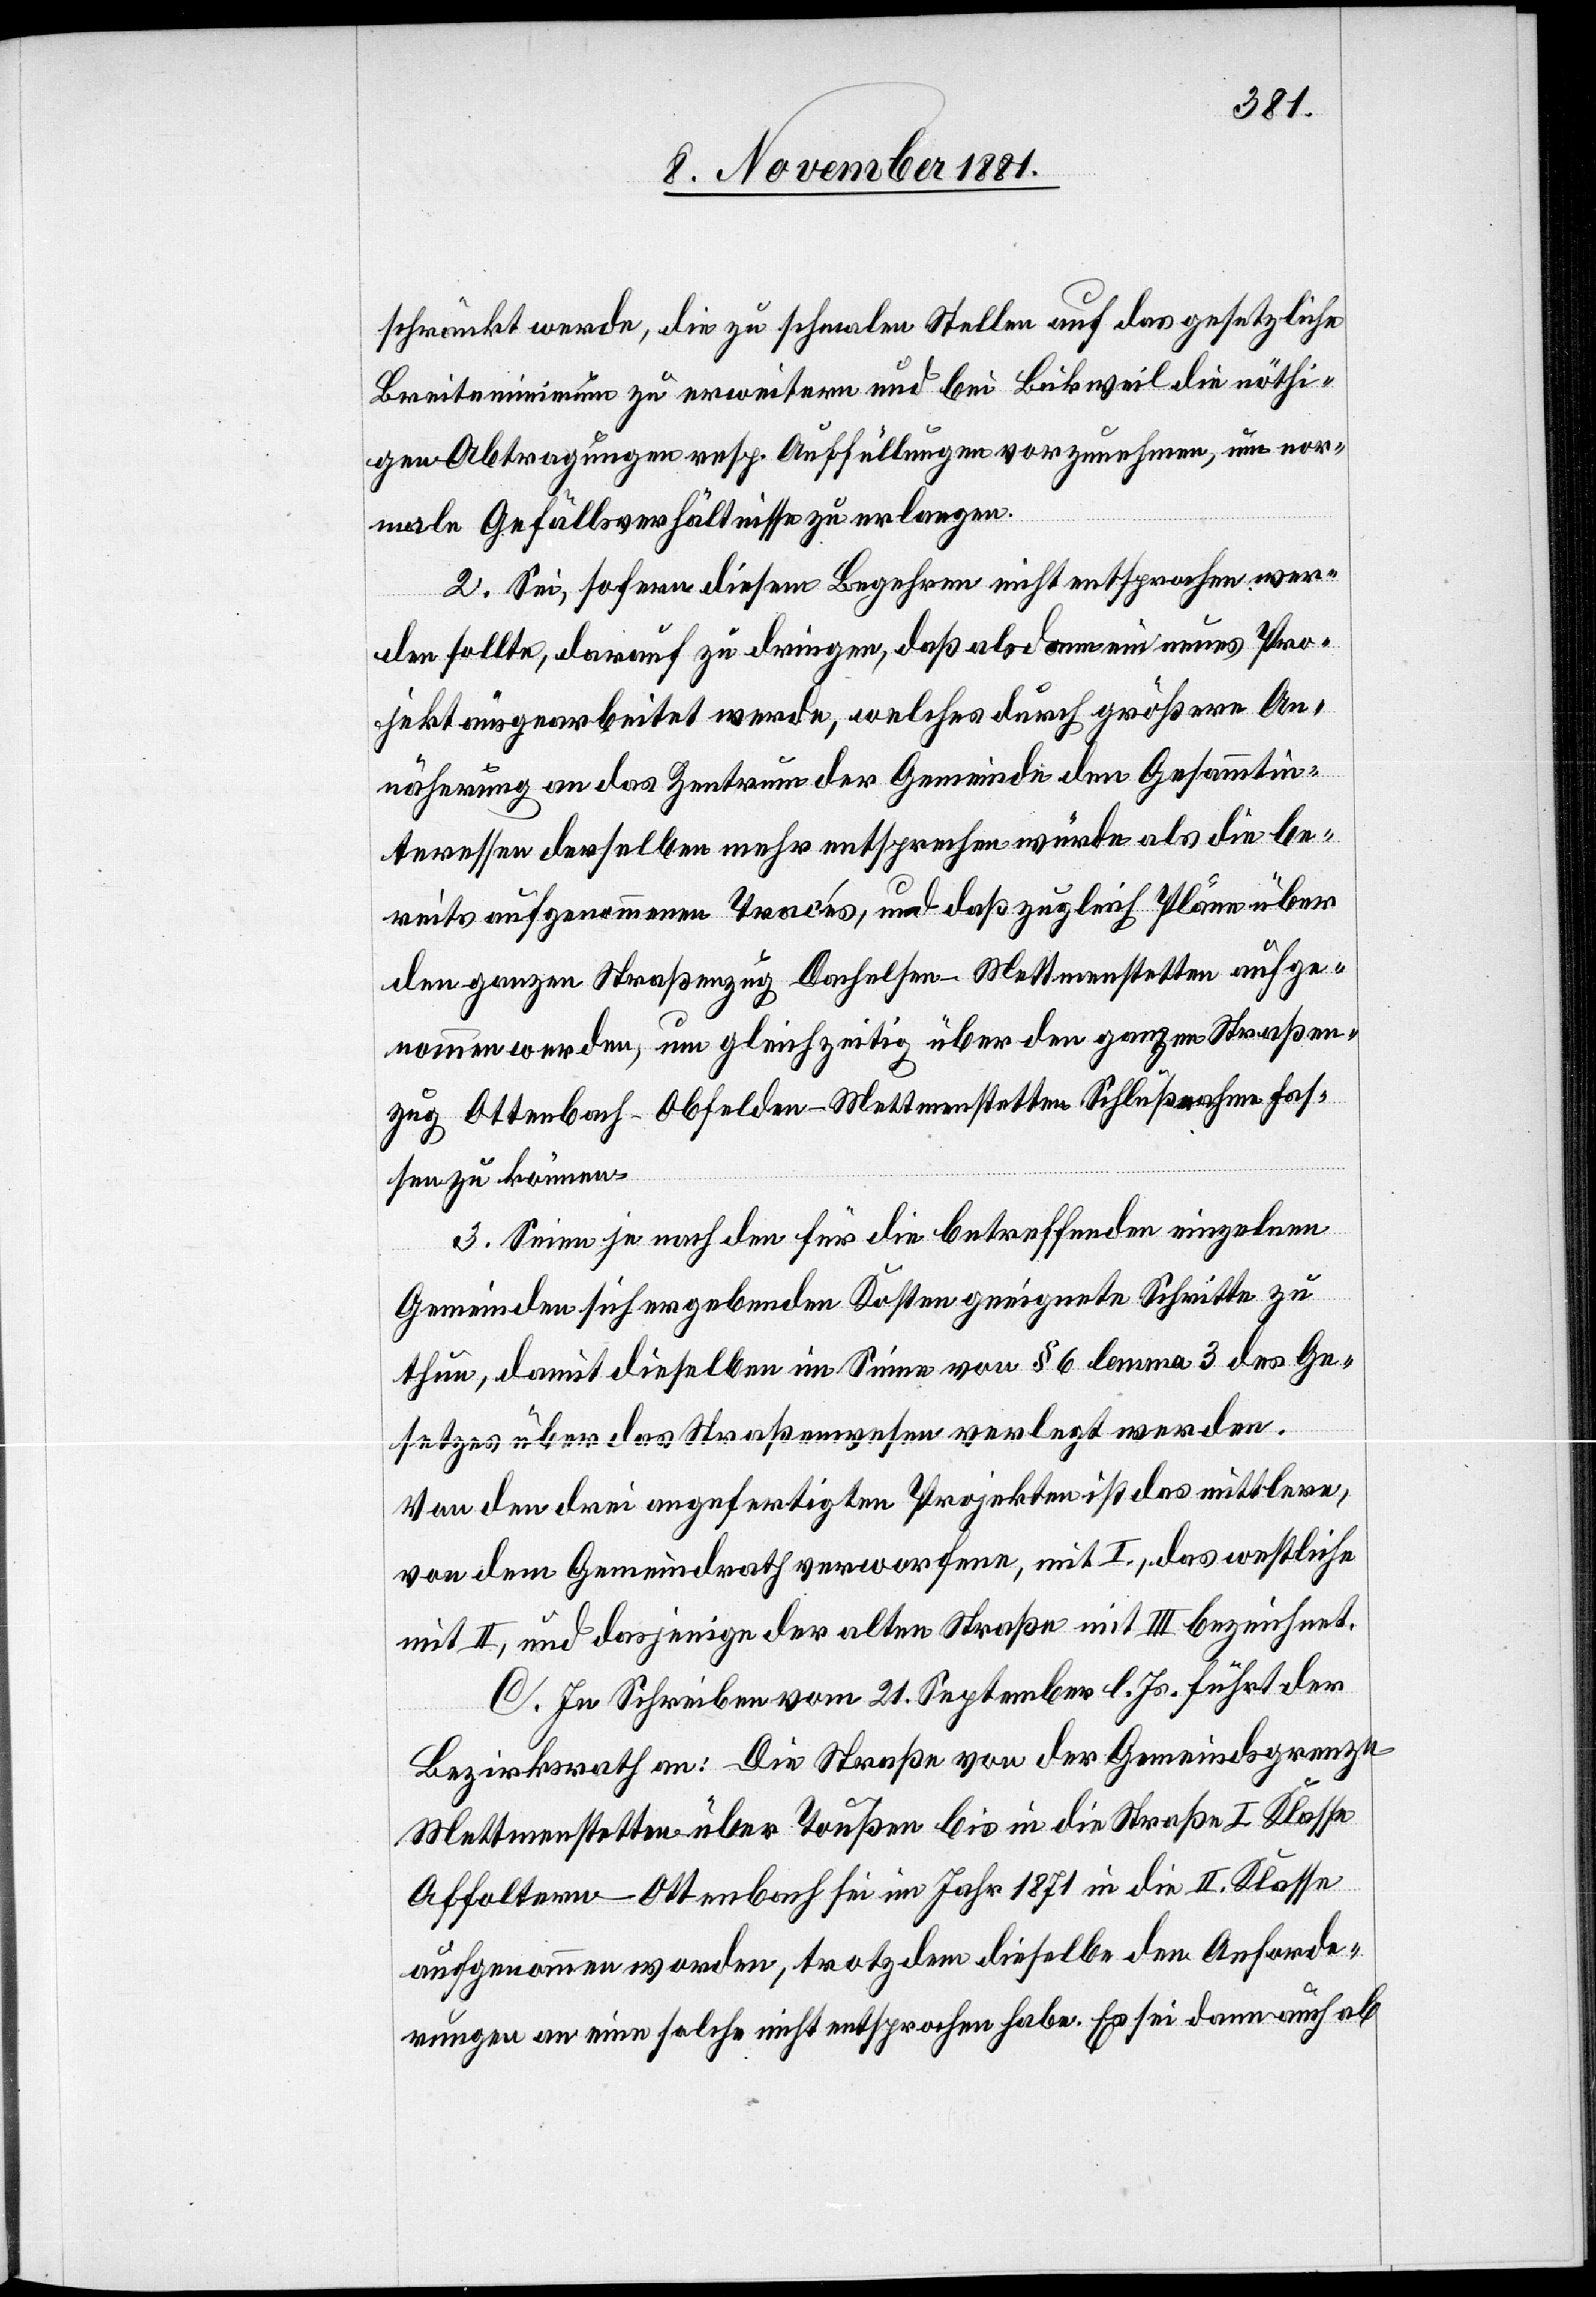
schränkt werde, die zu schmalen Stellen auf das gesetzliche
Breitenminimum zu erweitern und bei Bickweil die nöthi¬
gen Abtragungen resp. Auffüllungen vorzunehmen, um nor¬
male Gefällsverhältnisse zu erlangen.
2. Sei, sofern diesem Begehren nicht entsprochen wer¬
den sollte, darauf zu dringen, daß alsdann ein neues Pro¬
jekt ausgearbeitet werde, welches durch größere An¬
näherung an das Zentrum der Gemeinde den Gesammtin¬
teressen derselben mehr entsprechen würde als die be¬
reits aufgenommenen Tracés, und daß zugleich Pläne über
den ganzen Straßenzug Dachelsen–Mettmenstetten aufge¬
nommen werden, um gleichzeitig über den ganzen Straßen¬
zug Ottenbach–Obfelden–Mettmenstetten Schlußnahme fas¬
sen zu können.
3. Seien je nach den für die betreffenden einzelnen
Gemeinden sich ergebenden Kosten geeignete Schritte zu
thun, damit dieselben im Sinne von § 6 lemma 3 des Ge¬
setzes über das Straßenwesen verlegt werden.
Von den drei angefertigten Projekten ist das mittlere,
von dem Gemeindrath verworfen, mit I., das westliche
mit II, und dasjenige der alten Straße mit III bezeichnet.
C. In Schreiben vom 21. September l. Js. führt der
Bezirksrath an: Die Straße von der Gemeindsgrenze
Mettmenstetten über Toußen bis in die Straße I. Klasse
Affoltern–Ottenbach sei im Jahr 1871 in die II. Klasse
aufgenommen worden, trotzdem dieselbe den Anforde¬
rungen an eine solche nicht entsprochen habe. Es sei dann auch ab